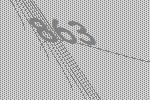
863